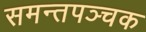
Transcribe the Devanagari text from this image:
समन्तपञ्चक